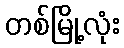
တစ်မြို့လုံး